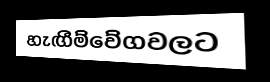
හැඟීම්වේගවලට